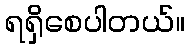
ရရှိစေပါတယ်။